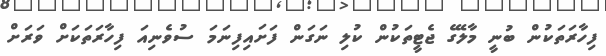
ފިހާރަތަކުން ބުނީ މާލޭގެ ޖެޓީތަކުން ކުލި ނަގަން ފަށައިފިނަމަ ސުވެނިއަ ފިހާރަތަކަށް ވަރަށް